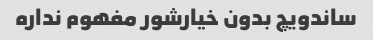
ساندویچ بدون خیارشور مفهوم نداره